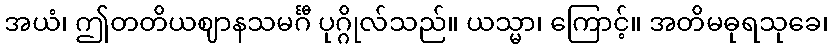
အယံ၊ ဤတတိယဈာနသမင်္ဂီ ပုဂ္ဂိုလ်သည်။ ယသ္မာ၊ ကြောင့်။ အတိမဓုရသုခေ၊